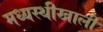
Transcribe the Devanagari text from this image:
मध्यस्थीखाली